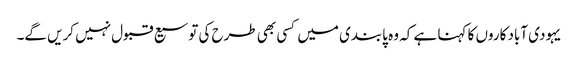
یہودی آباد کاروں کا کہنا ہے کہ وہ پابندی میں کسی بھی طرح کی توسیع قبول نہیں کریں گے۔